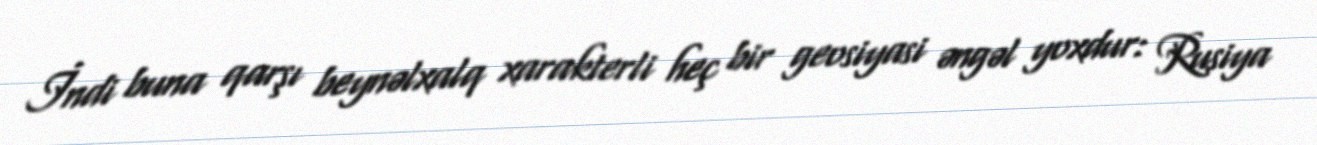
İndi buna qarşı beynəlxalq xarakterli heç bir geosiyasi əngəl yoxdur: Rusiya